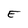
Character: E